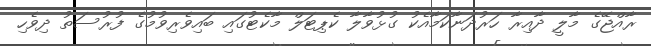
ރާއްޖޭގެ މާލީ ދާއިރާ ހަރުދަނާކަމާއެކު ގުޅުވާލާ ކެޕިޓަލް މާކެޓުގައި ބައިވެރިވުމުގެ ފުރުސަތު ދިވެހި